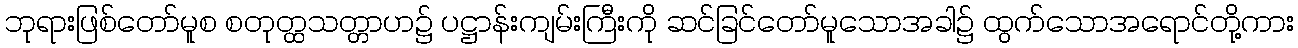
ဘုရားဖြစ်တော်မူစ စတုတ္ထသတ္တာဟ၌ ပဋ္ဌာန်းကျမ်းကြီးကို ဆင်ခြင်တော်မူသောအခါ၌ ထွက်သောအရောင်တို့ကား